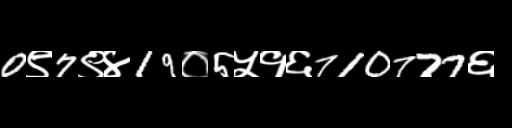
Text: 0९7९४19०5५१६710777६